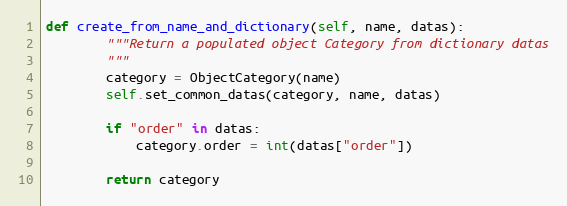
Language: Python
def create_from_name_and_dictionary(self, name, datas):
        """Return a populated object Category from dictionary datas
        """
        category = ObjectCategory(name)
        self.set_common_datas(category, name, datas)

        if "order" in datas:
            category.order = int(datas["order"])

        return category